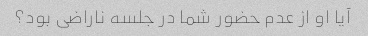
آیا او از عدم حضور شما در جلسه ناراضی بود؟